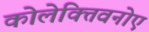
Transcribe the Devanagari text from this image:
कोलेक्तिवनोए